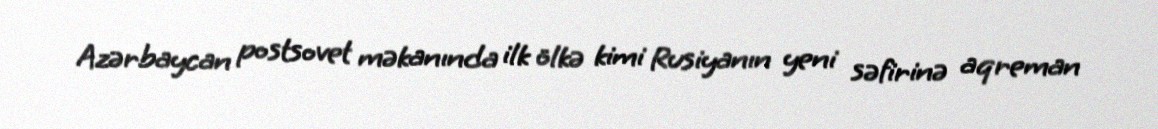
Azərbaycan postsovet məkanında ilk ölkə kimi Rusiyanın yeni səfirinə aqreman